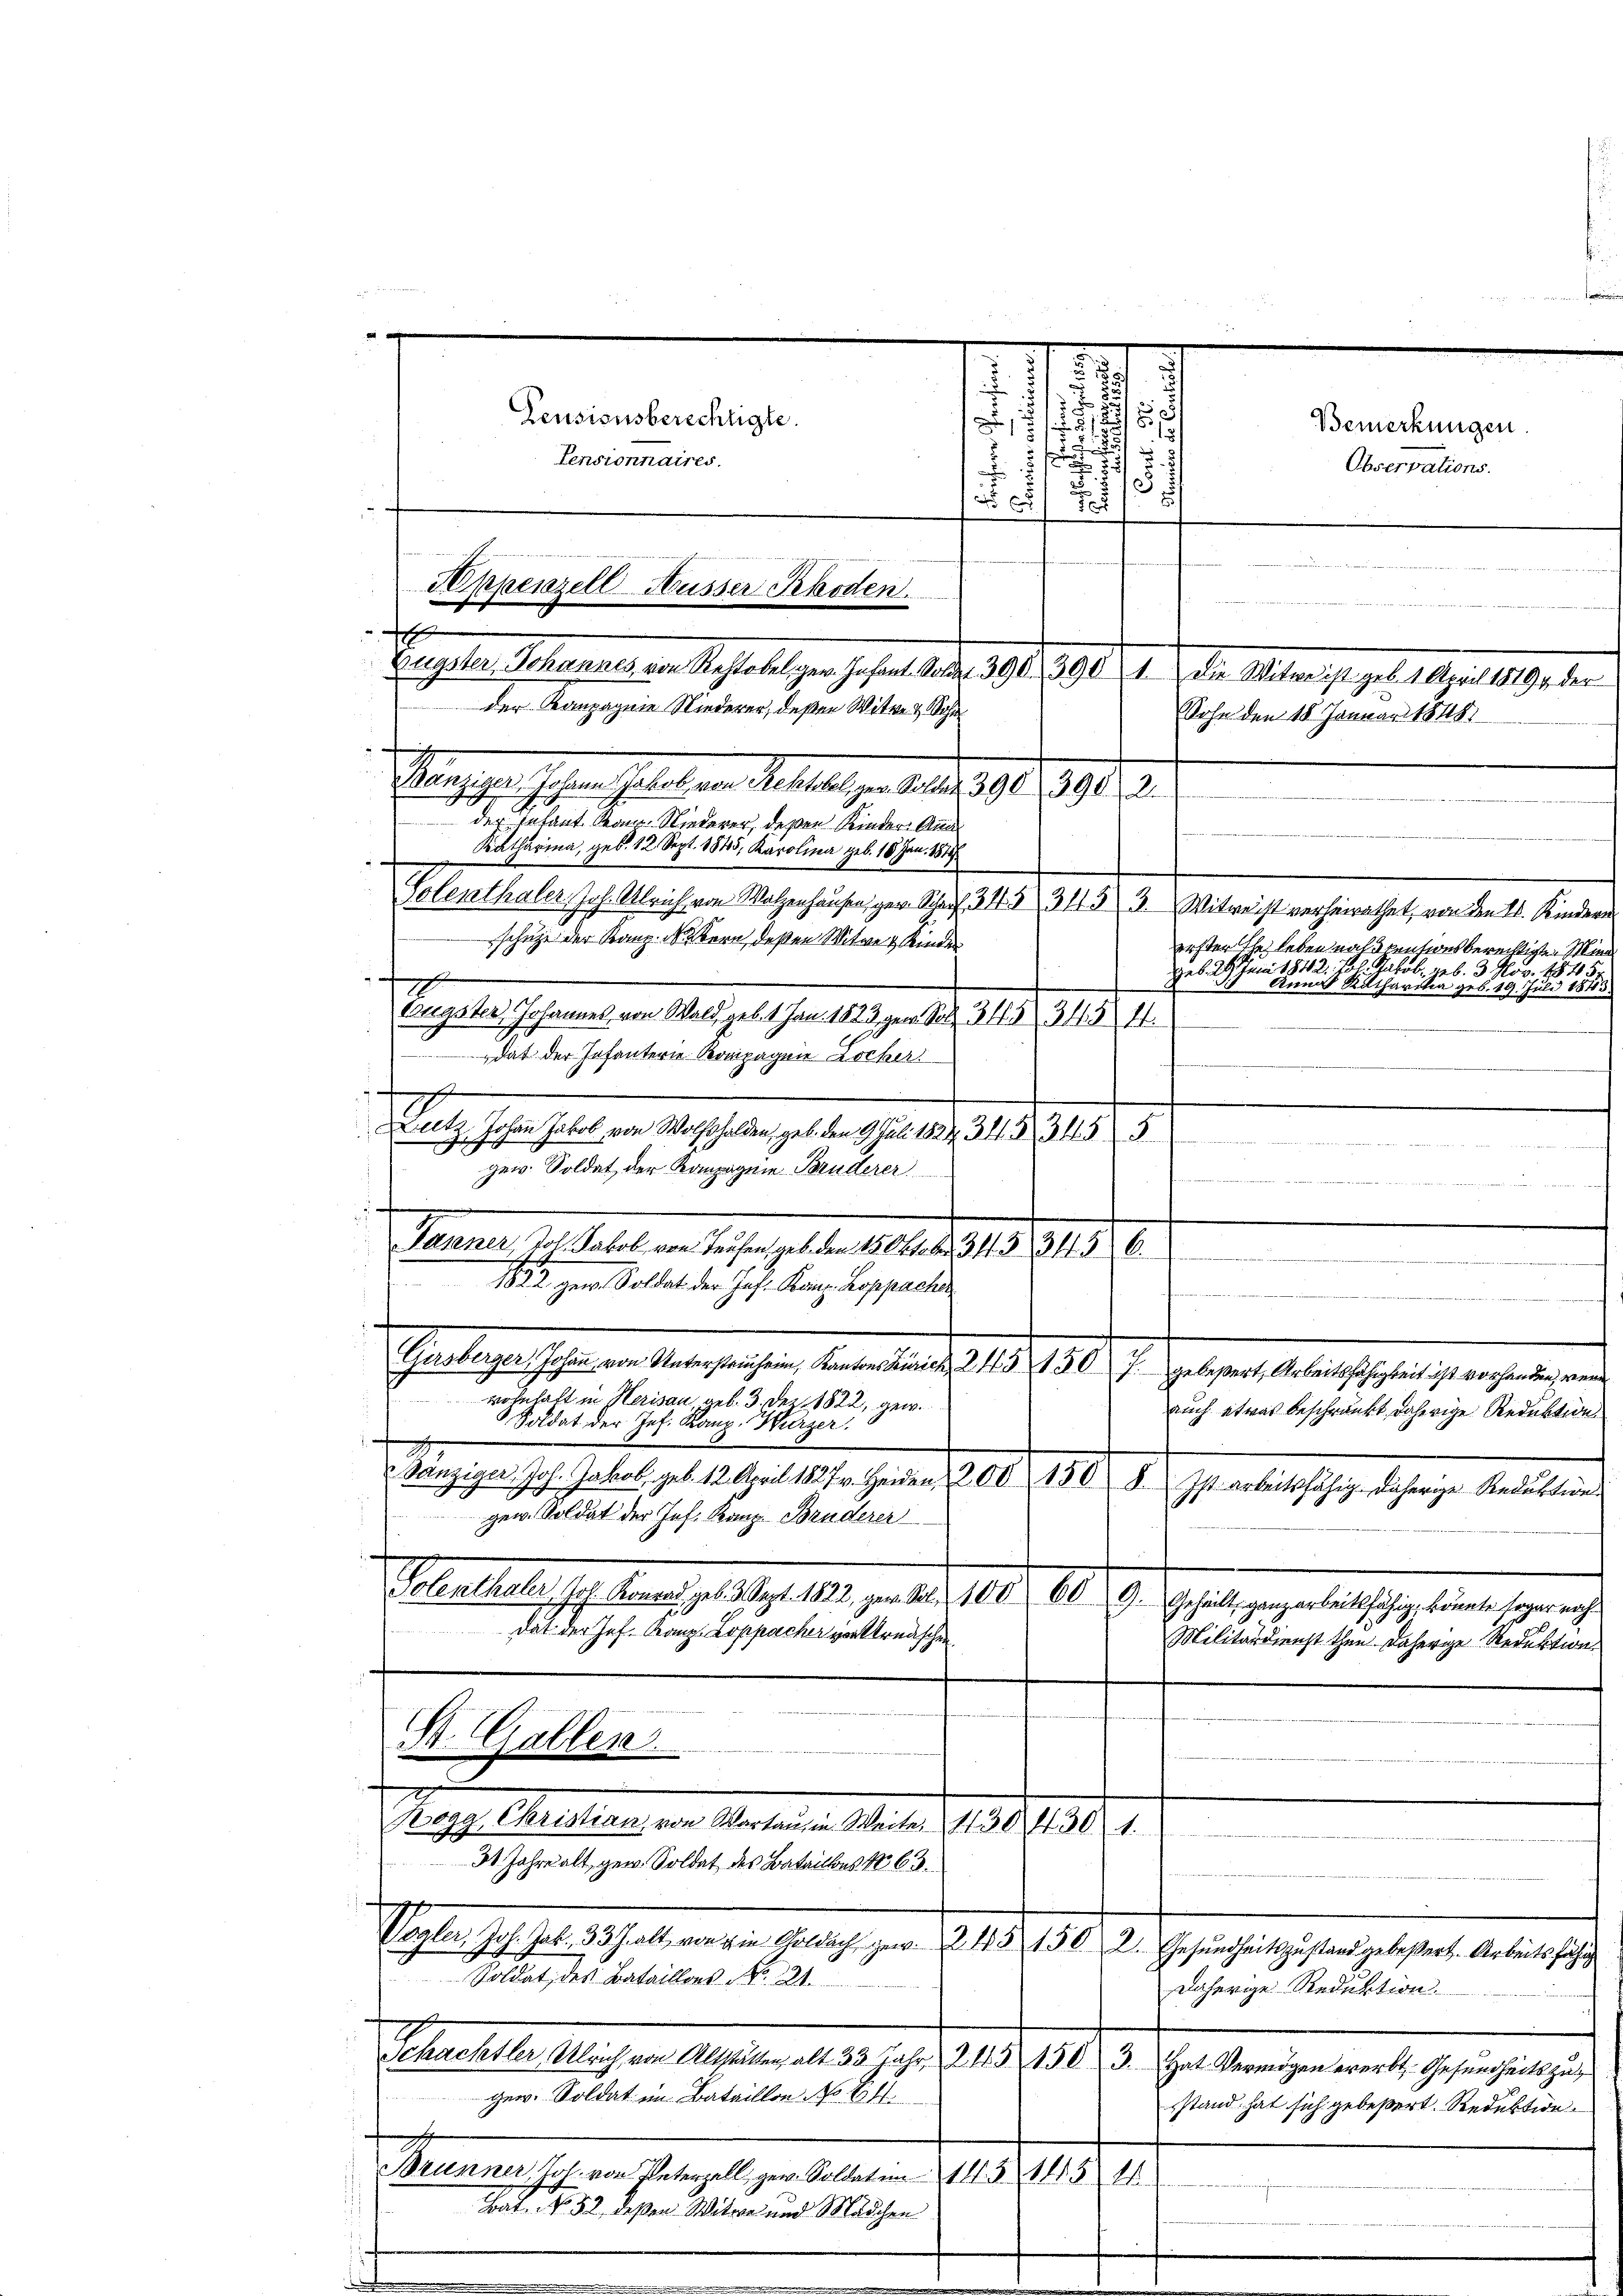
Pensionsberechtigte.
Pensionnaires.

Appenzell-Müsser Rhoden.
h
Eugster, Johannes von Restobel ger. Infant. Soldat 390 3901. Die Witwe ist geb. 1 April 1819 der
der Kanzagnie Niederer, deßen Witwe & ohn
Wenige Hohen Gehalten Stellen u. d. d. 190. 907.
J
der Infant Kan-Niederer, deßen Kinder. Anal
Katharina, geb. 12 Sept. 1845, Karolina geb. 18 Jan. 1819

schütze der Kanz. N. Bern, deßen Witwe & Kinder
i
trugster Johannes von Wald, geb. 1 Jan. 1823 gen. Sol. 348. 345 f.
dat der Infanterie Kompagnie Locher
e
Dutz. Johann Jakob von Wolfshalden, geb. den 9. Juli 1824 311 § 345 5
e Soldat, der Kompagnie Bruderer

Januar 17. Fehlen dieser zu den 1819, 4041.8.1919.
.
1882 gen. Soldat der Jos. Kanz. Koppacht
Gasbergeschehen von Untergangen, Unterstrats 15. 130 f. gelegert, Gesandtschaften ist verehenden werde
wohnhaft in Herisau geb. 3. Dez. 1822, gew
Soldat der Joh. Kanz. Wurzer.
Sanziger. Joh. Jakob, geb. 12. April 1827. v. Heiden 200 1508. Ist arbeitsfähig daherige Reduktions
gew. Soldat der Joh. Kanz-Bruderer
ebel betreff den 9. Jahr 189. unter 1890. 19. 79. Gehalt gegeben sehr eine gerich
dat der Jos. Rang, Loppacher von kredischen
St. Gallen.

Prof. Wassen in Arten u. Miter 1850. 198. 1.

31 Jahre alt, gew. Soldat des Batailbes No 63.
Soldat des Bataillons N. 241.
gew. Soldat im Bataillon No 14.
.
Brunner, Joh. von Peterzell gew. Soldaten 11. 51115 E
Bat. No 52, deßen Witwe und Mädchen

Pachten hefte es habe angen gelege er den 28. 1810. d. Gesuchung eingelegen der erster
daherige Reduktion.
Schachsler, Ulrich von Altstätten, alt 33 Jahr 2 45 1503. Hat Vermögen ererbt. Gesundheitszu

.
8
.
1

d
.
d
13 x
No 25. 502

Polenthaler, Joh. Abrich von Walzenhausen, ger. Schaft 31 345 3. Witweist verheirathet, von den 2. Kindern
erster Ehe leben malatentionsberechtigte Min
Geb. 29. Juni 1842. 18. Jakob, geb. 3. Nov. 18154
t Anna Ratharika geb. 19. Juli 1843

Sohn den 18. Januar 1848

auch etwas beschränkt daherige Reduktion
Militärdienst thun daherige Reduktion

Bemerkungen
Observations.

stand hat sich gebeßert. Reduktion